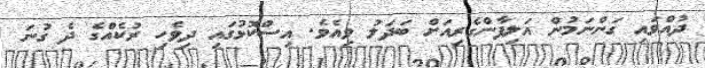
ދުއްވައި ގަންނަމުން އަލިފާންގެރިއަށް ބަދަލު ވިއެވެ. އިސްކޮޅުގައި ދިވެހި ރުކެއްގެ ދެ ގުނަ